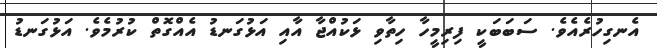
އެނގިހުރެއެވެ. ސަބަބަކީ ފިރިމީހާ ހިތާވި ޅަކުއްޖާ އާއި އަޅުގަނޑު އެއްގޮތް ކުރުމެވެ. އަޅުގަނޑު